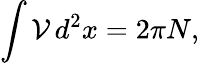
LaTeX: \int\mathcal{V}\, d^{2}x=2\pi N,